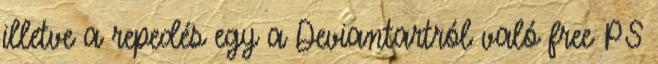
illetve a repedés egy a Deviantartról való free PS